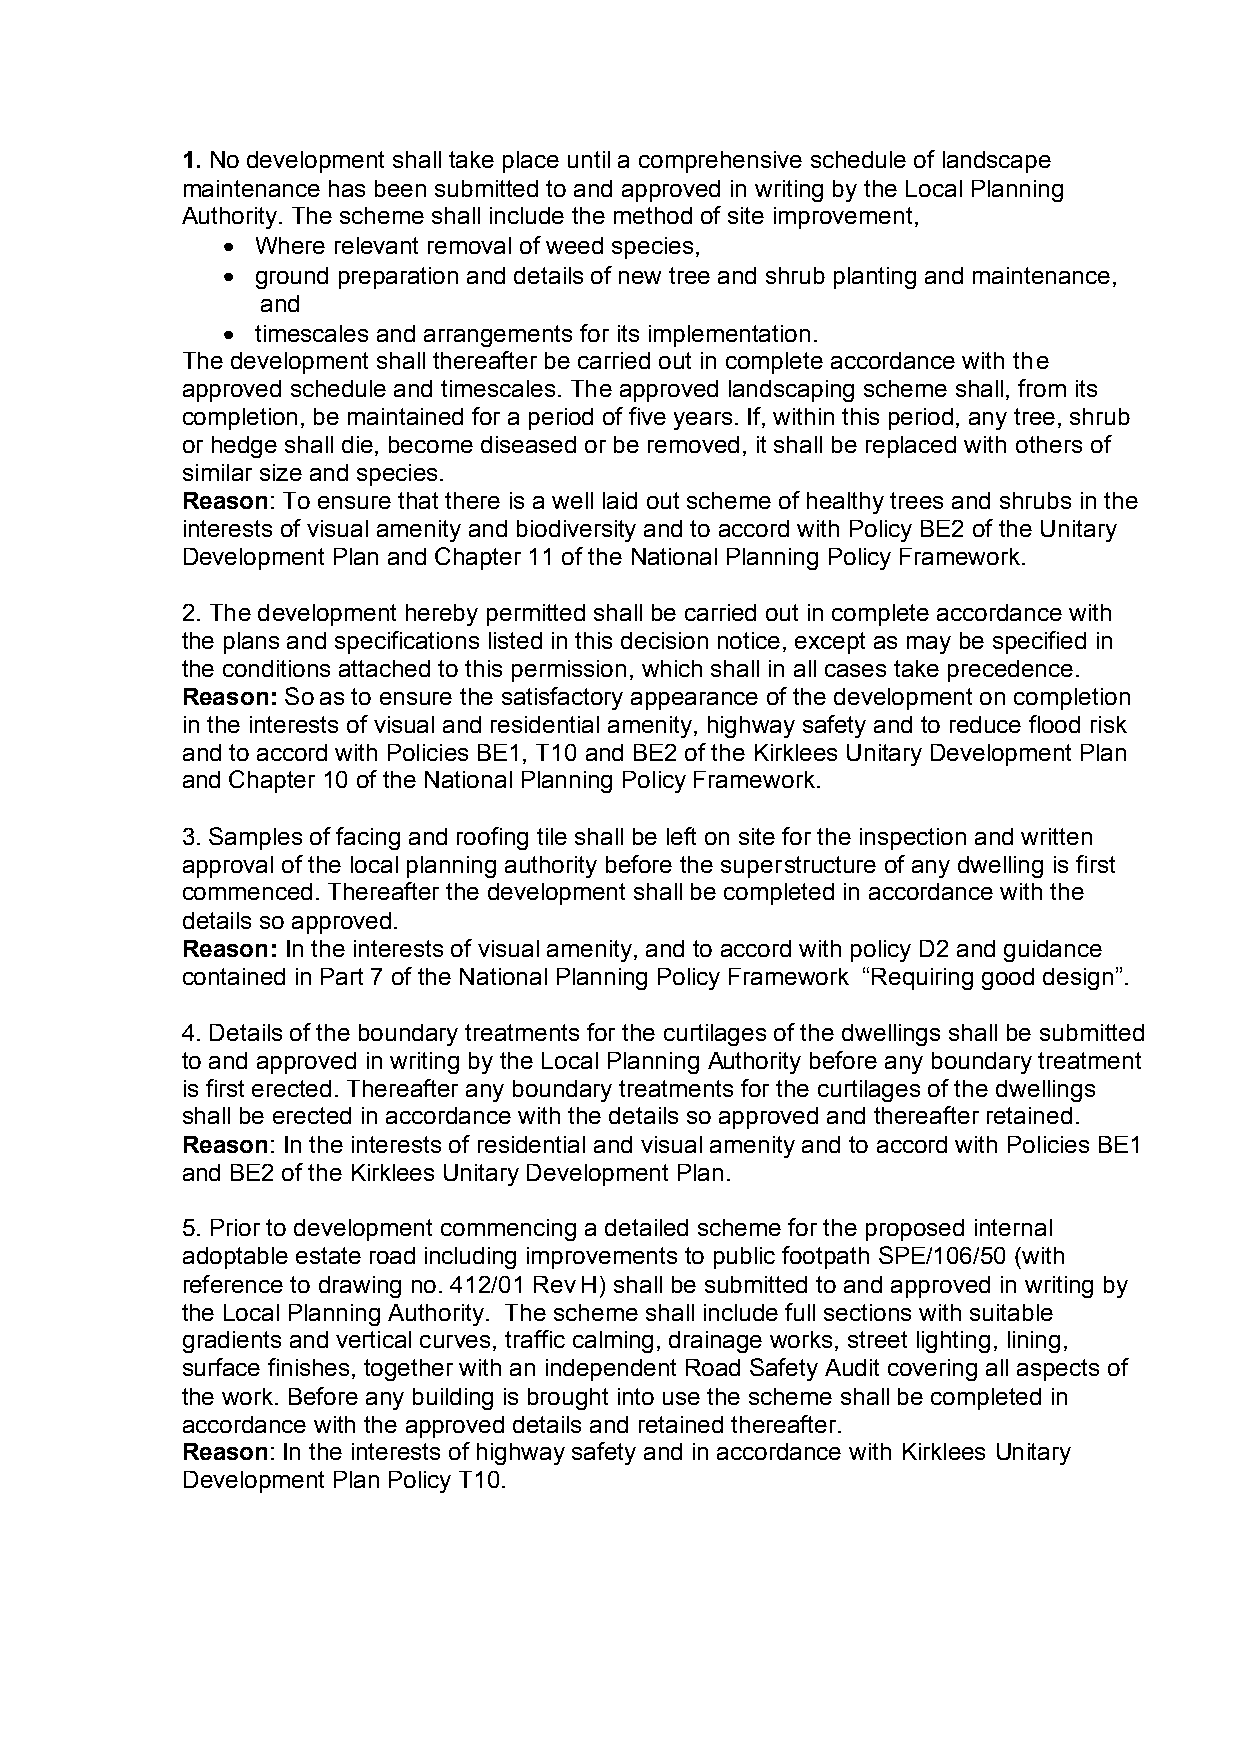
1. No development shall take place until a comprehensive schedule of landscape
 maintenance has been submitted to and approved in writing by the Local Planning
 Authority. The scheme shall include the method of site improvement,
  Where relevant removal of weed species,
  ground preparation and details of new tree and shrub planting and maintenance,
 and
  timescales and arrangements for its implementation.
 The development shall thereafter be carried out in complete accordance with the
 approved schedule and timescales. The approved landscaping scheme shall, from its
 completion, be maintained for a period of five years. If, within this period, any tree, shrub
 or hedge shall die, become diseased or be removed, it shall be replaced with others of
 similar size and species.
 Reason: To ensure that there is a well laid out scheme of healthy trees and shrubs in the
 interests of visual amenity and biodiversity and to accord with Policy BE2 of the Unitary
 Development Plan and Chapter 11 of the National Planning Policy Framework.
 2. The development hereby permitted shall be carried out in complete accordance with
 the plans and specifications listed in this decision notice, except as may be specified in
 the conditions attached to this permission, which shall in all cases take precedence.
 Reason:So as to ensure the satisfactory appearance of the development on completion
 in the interests of visual and residential amenity, highway safety and to reduce flood risk
 and to accord with Policies BE1, T10 and BE2 of the Kirklees Unitary Development Plan
 and Chapter 10 of the National Planning Policy Framework.
 3. Samples of facing and roofing tile shall be left on site for the inspection and written
 approval of the local planning authority before the superstructure of any dwelling is first
 commenced. Thereafter the development shall be completed in accordance with the
 details so approved.
 Reason: In the interests of visual amenity, and to accord with policy D2 and guidance
 contained in Part 7 of the National Planning Policy Framework “Requiring good design”.
 4. Details of the boundary treatments for the curtilages of the dwellings shall be submitted
 to and approved in writing by the Local Planning Authority before any boundary treatment
 is first erected. Thereafter any boundary treatments for the curtilages of the dwellings
 shall be erected in accordance with the details so approved and thereafter retained.
 Reason: In the interests of residential and visual amenity and to accord with Policies BE1
 and BE2 of the Kirklees Unitary Development Plan.
 5. Prior to development commencing a detailed scheme for the proposed internal
 adoptable estate road including improvements to public footpath SPE/106/50 (with
 reference to drawing no. 412/01 Rev H) shall be submitted to and approved in writing by
 the Local Planning Authority. The scheme shall include full sections with suitable
 gradients and vertical curves, traffic calming, drainage works, street lighting, lining,
 surface finishes, together with an independent Road Safety Audit covering all aspects of
 the work. Before any building is brought into use the scheme shall be completed in
 accordance with the approved details and retained thereafter.
 Reason: In the interests of highway safety and in accordance with Kirklees Unitary
 Development Plan Policy T10.